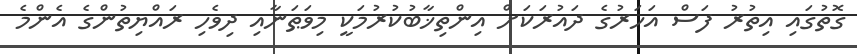
ގޮތުގައި އިތުރު ފަސް އަހަރުގެ ދައުރަކަށް އިންތިޚާބުކުރުމަކީ މިވަޠަނާއި ދިވެހި ރައްޔިތުންގެ އެންމެ